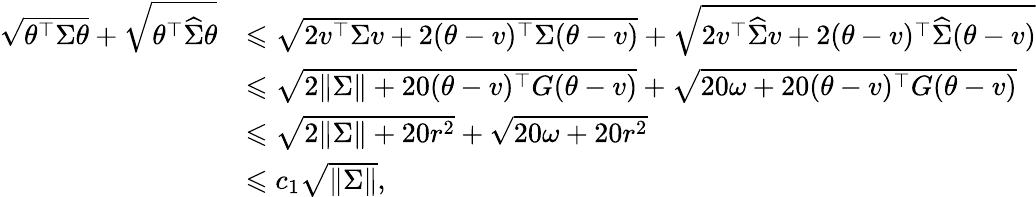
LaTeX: \begin{array}{rl}{\sqrt{\theta^{\top}{\Sigma}\theta}+\sqrt{\theta^{\top}\widehat{\Sigma}\theta}}&{\leqslant\sqrt{2v^{\top}{\Sigma}v+2(\theta-v)^{\top}{\Sigma}(\theta-v)}+\sqrt{2v^{\top}\widehat{\Sigma}v+2(\theta-v)^{\top}\widehat{\Sigma}(\theta-v)}}\\ &{\leqslant\sqrt{2\| \Sigma\| +20(\theta-v)^{\top}{G}(\theta-v)}+\sqrt{20\omega+20(\theta-v)^{\top}G(\theta-v)}}\\ &{\leqslant\sqrt{2\| \Sigma\| +20r^{2}}+\sqrt{20\omega+20r^{2}}}\\ &{\leqslant c_{1}\sqrt{\| \Sigma\| },}\end{array}